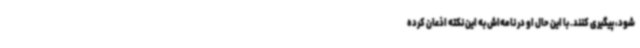
شود، پیگیری کنند. با این حال او در نامه‌اش به این نکته اذعان کرده